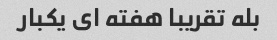
بله تقریبا هفته ای یکبار